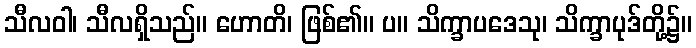
သီလဝါ၊ သီလရှိသည်။ ဟောတိ၊ ဖြစ်၏။ ပ။ သိက္ခာပဒေသု၊ သိက္ခာပုဒ်တို့၌။